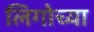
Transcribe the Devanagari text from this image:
लिगोच्या